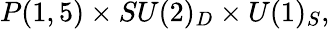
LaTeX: P(1,5)\times SU(2)_{D}\times U(1)_{S},